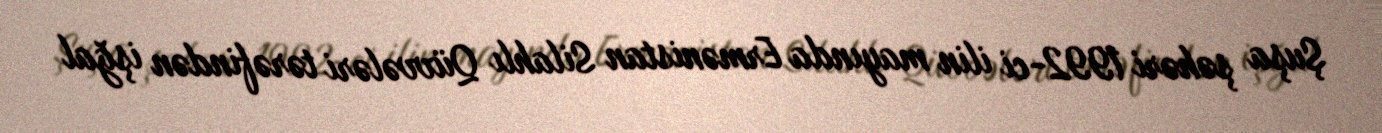
Şuşa şəhəri 1992-ci ilin mayında Ermənistan Silahlı Qüvvələri tərəfindən işğal